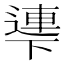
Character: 𠁎